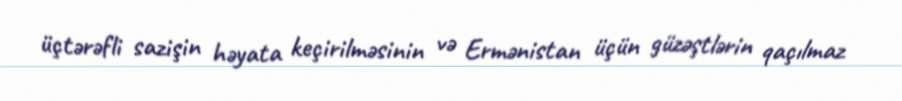
üçtərəfli sazişin həyata keçirilməsinin və Ermənistan üçün güzəştlərin qaçılmaz